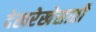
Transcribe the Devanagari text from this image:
देखरेखेसाठी